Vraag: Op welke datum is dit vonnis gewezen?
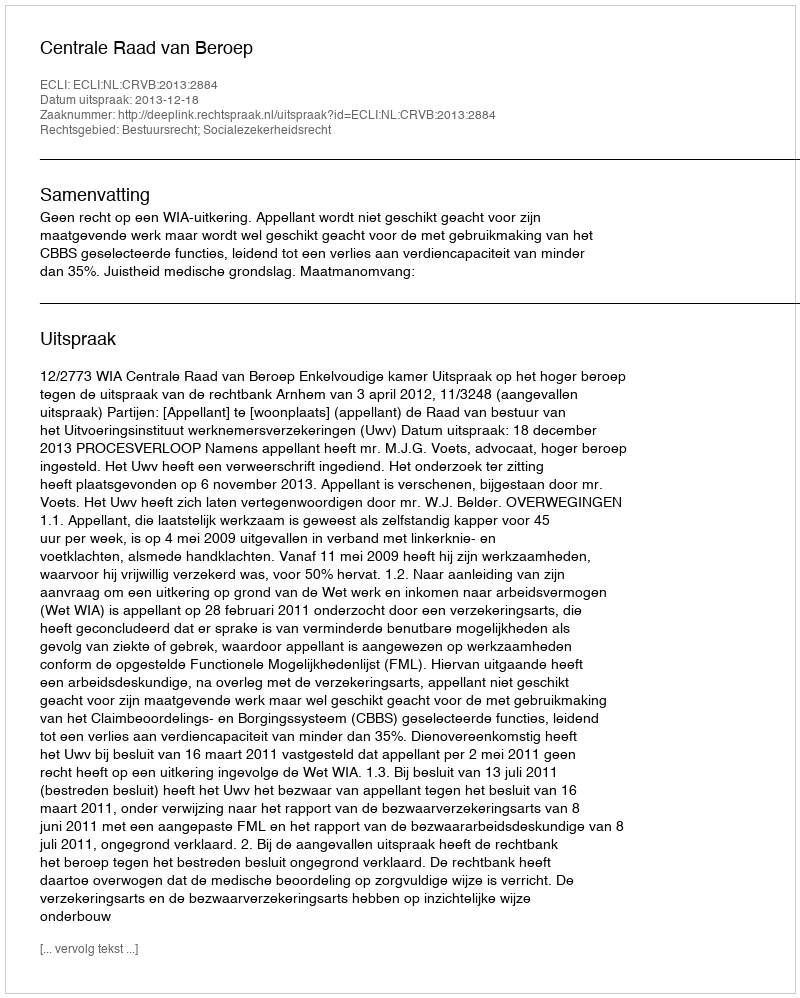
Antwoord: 2013-12-18